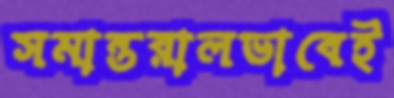
সমান্তরালভাবেই